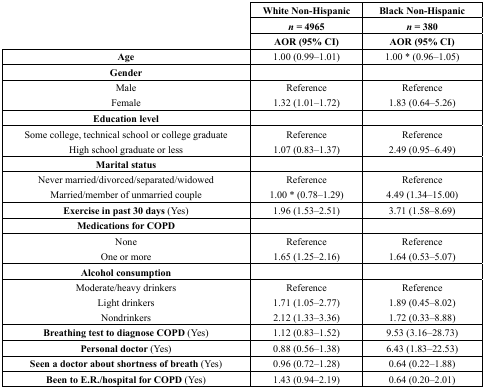
<table><thead><tr><td></td><td><b>White Non-Hispanic</b></td><td><b>Black Non-Hispanic</b></td></tr><tr><td></td><td><b><i>n</i> = 4965</b></td><td><b><i>n</i> = 380</b></td></tr><tr><td></td><td><b>AOR (95% CI)</b></td><td><b>AOR (95% CI)</b></td></tr></thead><tbody><tr><td><b>Age</b></td><td>1.00 (0.99–1.01)</td><td>1.00 * (0.96–1.05)</td></tr><tr><td><b>Gender</b></td><td></td><td></td></tr><tr><td>Male</td><td>Reference</td><td>Reference</td></tr><tr><td>Female</td><td>1.32 (1.01–1.72)</td><td>1.83 (0.64–5.26)</td></tr><tr><td><b>Education level</b></td><td></td><td></td></tr><tr><td>Some college, technical school or college graduate</td><td>Reference</td><td>Reference</td></tr><tr><td>High school graduate or less</td><td>1.07 (0.83–1.37)</td><td>2.49 (0.95–6.49)</td></tr><tr><td><b>Marital status</b></td><td></td><td></td></tr><tr><td>Never married/divorced/separated/widowed </td><td>Reference</td><td>Reference</td></tr><tr><td>Married/member of unmarried couple</td><td>1.00 * (0.78–1.29)</td><td>4.49 (1.34–15.00)</td></tr><tr><td><b>Exercise in past 30 days</b> (Yes)</td><td>1.96 (1.53–2.51)</td><td>3.71 (1.58–8.69)</td></tr><tr><td><b>Medications for COPD</b></td><td></td><td></td></tr><tr><td>None</td><td>Reference</td><td>Reference</td></tr><tr><td>One or more </td><td>1.65 (1.25–2.16)</td><td>1.64 (0.53–5.07)</td></tr><tr><td><b>Alcohol consumption</b></td><td></td><td></td></tr><tr><td>Moderate/heavy drinkers </td><td>Reference</td><td>Reference</td></tr><tr><td>Light drinkers</td><td>1.71 (1.05–2.77)</td><td>1.89 (0.45–8.02)</td></tr><tr><td>Nondrinkers </td><td>2.12 (1.33–3.36)</td><td>1.72 (0.33–8.88)</td></tr><tr><td><b>Breathing test to diagnose COPD</b> (Yes)</td><td>1.12 (0.83–1.52)</td><td>9.53 (3.16–28.73)</td></tr><tr><td><b>Personal doctor</b> (Yes)</td><td>0.88 (0.56–1.38)</td><td>6.43 (1.83–22.53)</td></tr><tr><td><b>Seen a doctor about shortness of breath</b> (Yes)</td><td>0.96 (0.72–1.28)</td><td>0.64 (0.22–1.88)</td></tr><tr><td><b>Been to E.R./hospital for COPD</b> (Yes)</td><td>1.43 (0.94–2.19)</td><td>0.64 (0.20–2.01)</td></tr></tbody></table>